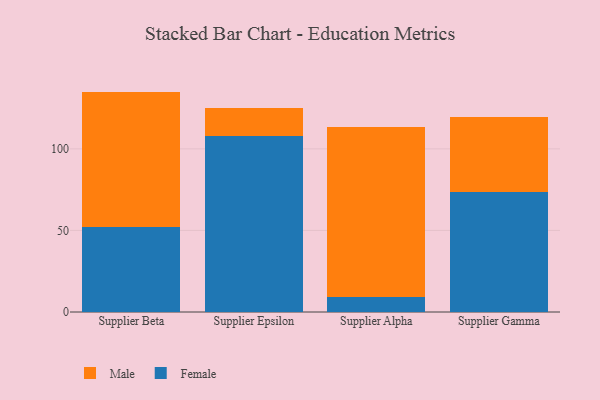
{"axis": {"x": "Supplier", "y": "Demand Index"}, "legend": ["Female", "Male"], "data": [{"x": "Supplier Beta", "y": 52.3, "type": "Female"}, {"x": "Supplier Beta", "y": 82.8, "type": "Male"}, {"x": "Supplier Epsilon", "y": 107.8, "type": "Female"}, {"x": "Supplier Epsilon", "y": 17.0, "type": "Male"}, {"x": "Supplier Alpha", "y": 9.3, "type": "Female"}, {"x": "Supplier Alpha", "y": 103.9, "type": "Male"}, {"x": "Supplier Gamma", "y": 73.3, "type": "Female"}, {"x": "Supplier Gamma", "y": 46.2, "type": "Male"}]}